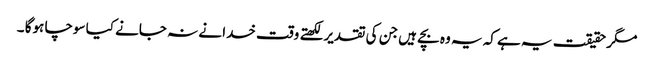
مگر حقیقت یہ ہے کہ یہ وہ بچے ہیں جن کی تقدیر لکھتے وقت خدا نے نہ جانے کیا سوچا ہوگا ۔